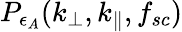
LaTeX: P_{\epsilon_{A}}(k_{\perp},k_{\parallel},f_{sc})